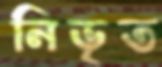
নিভৃত